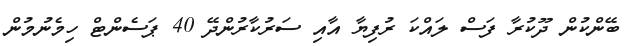
ބޭންކުން ދޫކުރާ ފަސް ލައްކަ ރުފިޔާ އާއި ސަރުކާރުންދޭ 40 ޕަސެންޓް ހިމެނުމުން